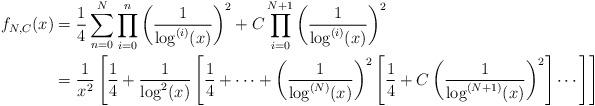
LaTeX: \begin{align*}f_{N,C}(x) &= \frac14\sum_{n = 0}^N \prod_{i = 0}^n \left(\frac{1}{\log^{(i)}(x)}\right)^2 + C\prod_{i = 0}^{N + 1}\left(\frac{1}{\log^{(i)}(x)}\right)^2\\&= \frac1{x^2}\left[\frac14 + \frac{1}{\log^2(x)}\left[\frac14 + \cdots + \left(\frac{1}{\log^{(N)}(x)}\right)^2\left[\frac14 + C\left(\frac{1}{\log^{(N + 1)}(x)}\right)^2\right]\cdots\right]\right]\end{align*}